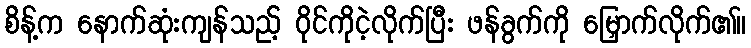
စိန့်က နောက်ဆုံးကျန်သည့် ဝိုင်ကိုငဲ့လိုက်ပြီး ဖန်ခွက်ကို မြှောက်လိုက်၏။